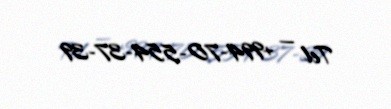
Tel — +994-70-554-37-39